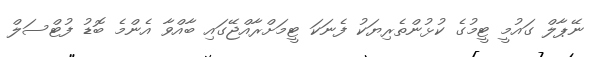
ނޭޕާލް ގައުމީ ޓީމުގެ ކުޅުންތެރިޔަކު ފެނަކަ ޓީމަށްރާއްޖޭގައި ބާއްވާ އެންމެ ބޮޑު ފުޓްސަލް